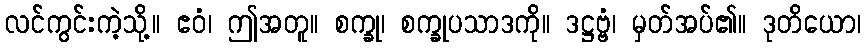
လင်ကွင်းကဲ့သို့။ ဧဝံ၊ ဤအတူ။ စက္ခု၊ စက္ခုပသာဒကို။ ဒဋ္ဌဗ္ဗံ၊ မှတ်အပ်၏။ ဒုတိယော၊